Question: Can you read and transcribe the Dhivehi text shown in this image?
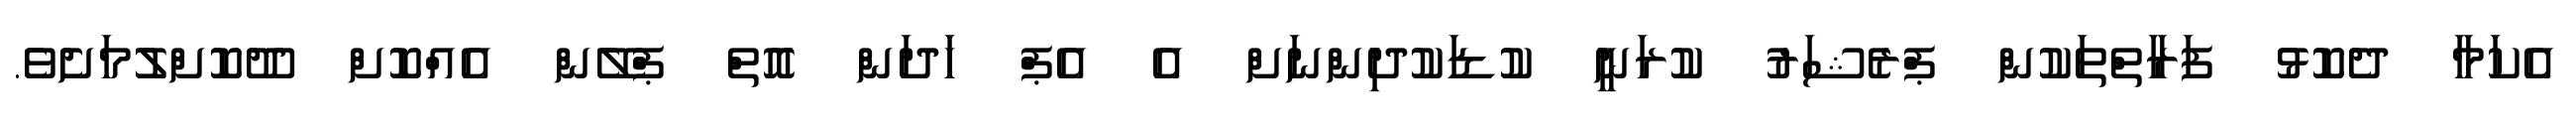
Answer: އެކަމާ ދެކޮޅު ފަރާތްތަކުން ޕްރެޝަރު ކުރަނީ ކުޑަކުދިންނަށް އެ އެޕް ހަދަން އޮތް ޕްލޭން އެއްކޮށް ދޫކޮށްލުމަށެވެ.